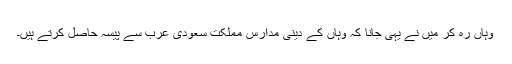
وہاں ره کر میں نے یہى جانا کہ وہاں کے دینى مدارس مملکت سعودى عرب سے پیسہ حاصل کرتے ہیں۔